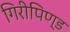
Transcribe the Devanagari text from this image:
गिरीपिण्ड